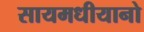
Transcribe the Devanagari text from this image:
सायमधीयानो